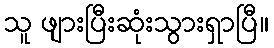
သူ ဖျားပြီးဆုံးသွားရှာပြီ။